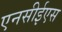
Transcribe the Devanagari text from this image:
एनसीईएस